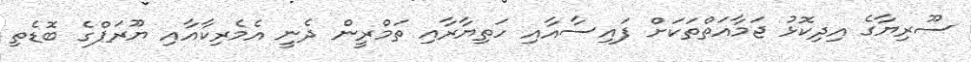
ސޫރިޔާގެ އިދިކޮޅު ޖަމާއަތްތަކަށް ފައިސާއާއި ހަތިޔާރާއި ތަމްރީން ދެނީ އެމެރިކާއާއި ޔޫރަޕްގެ ބޮޑެތި